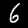
Digit: 6